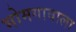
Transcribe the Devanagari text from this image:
भोमगावाला